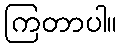
ကြတာပါ။